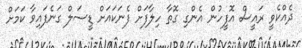
ދެއްކެވީ ރައީސް އޮފީހުން އެންގި ގޮތާ ހިލާފަށް ފެނަކައަށް ޑީސަލް ގަނެފައިވާ ކަމަށް